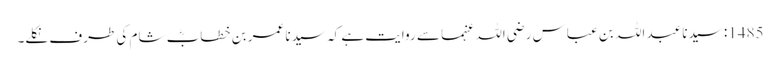
1485: سیدنا عبد اللہ بن عباس رضی اللہ عنہما سے روایت ہے کہ سیدنا عمر بن خطابؓ شام کی طرف نکلے۔